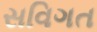
સવિગત